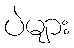
ပဲများ